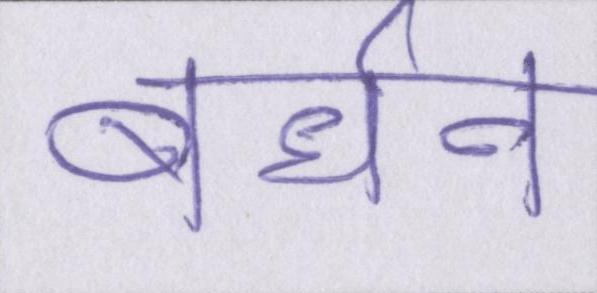
बर्धन